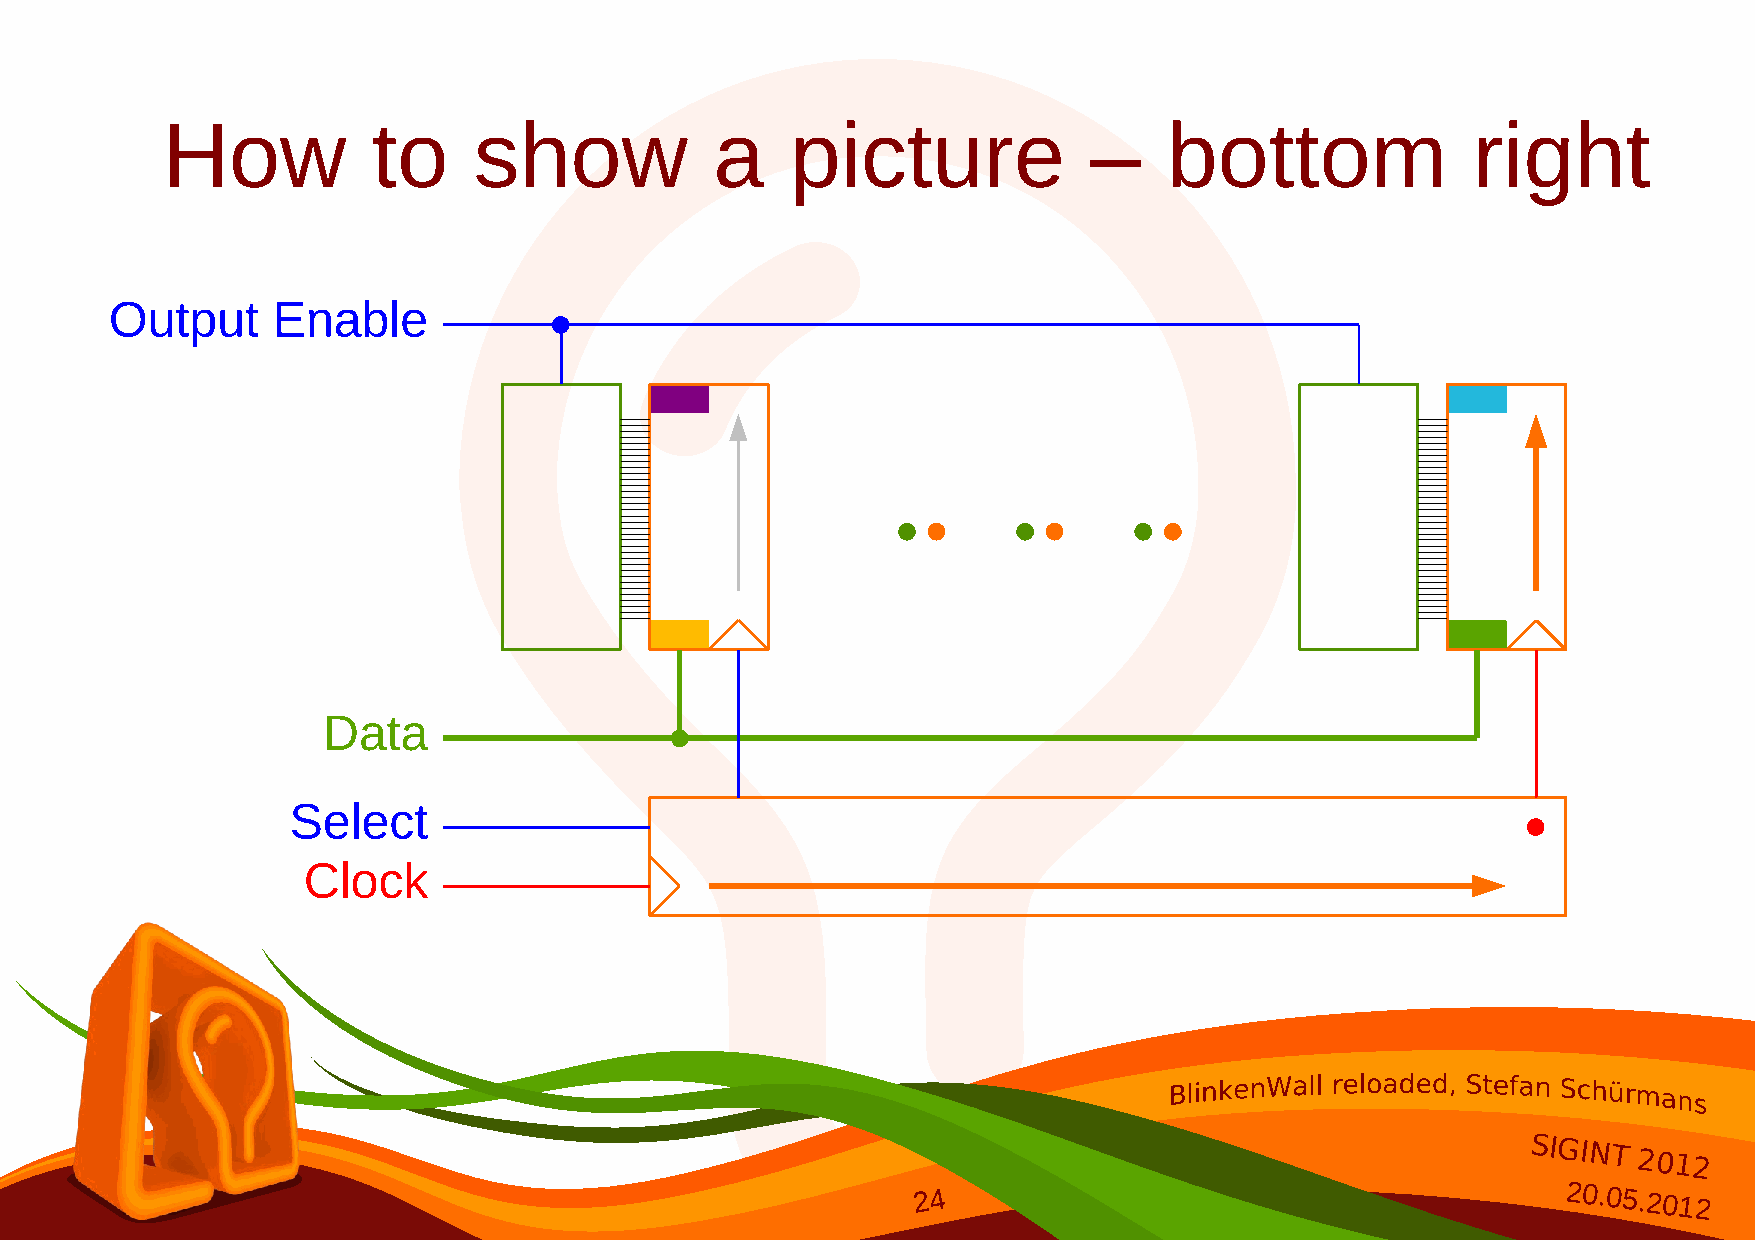
How           to    show            a    picture             –    bottom              right
 Output     Enable
 Data
 Select
 Clock
 SIGINT
 2012
 24                                        20.05.2012